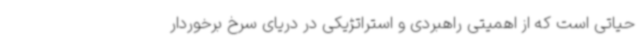
حیاتی است که از اهمیتی راهبردی و استراتژیکی در دریای سرخ برخوردار